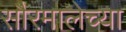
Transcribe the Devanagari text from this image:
सौरमालेच्या